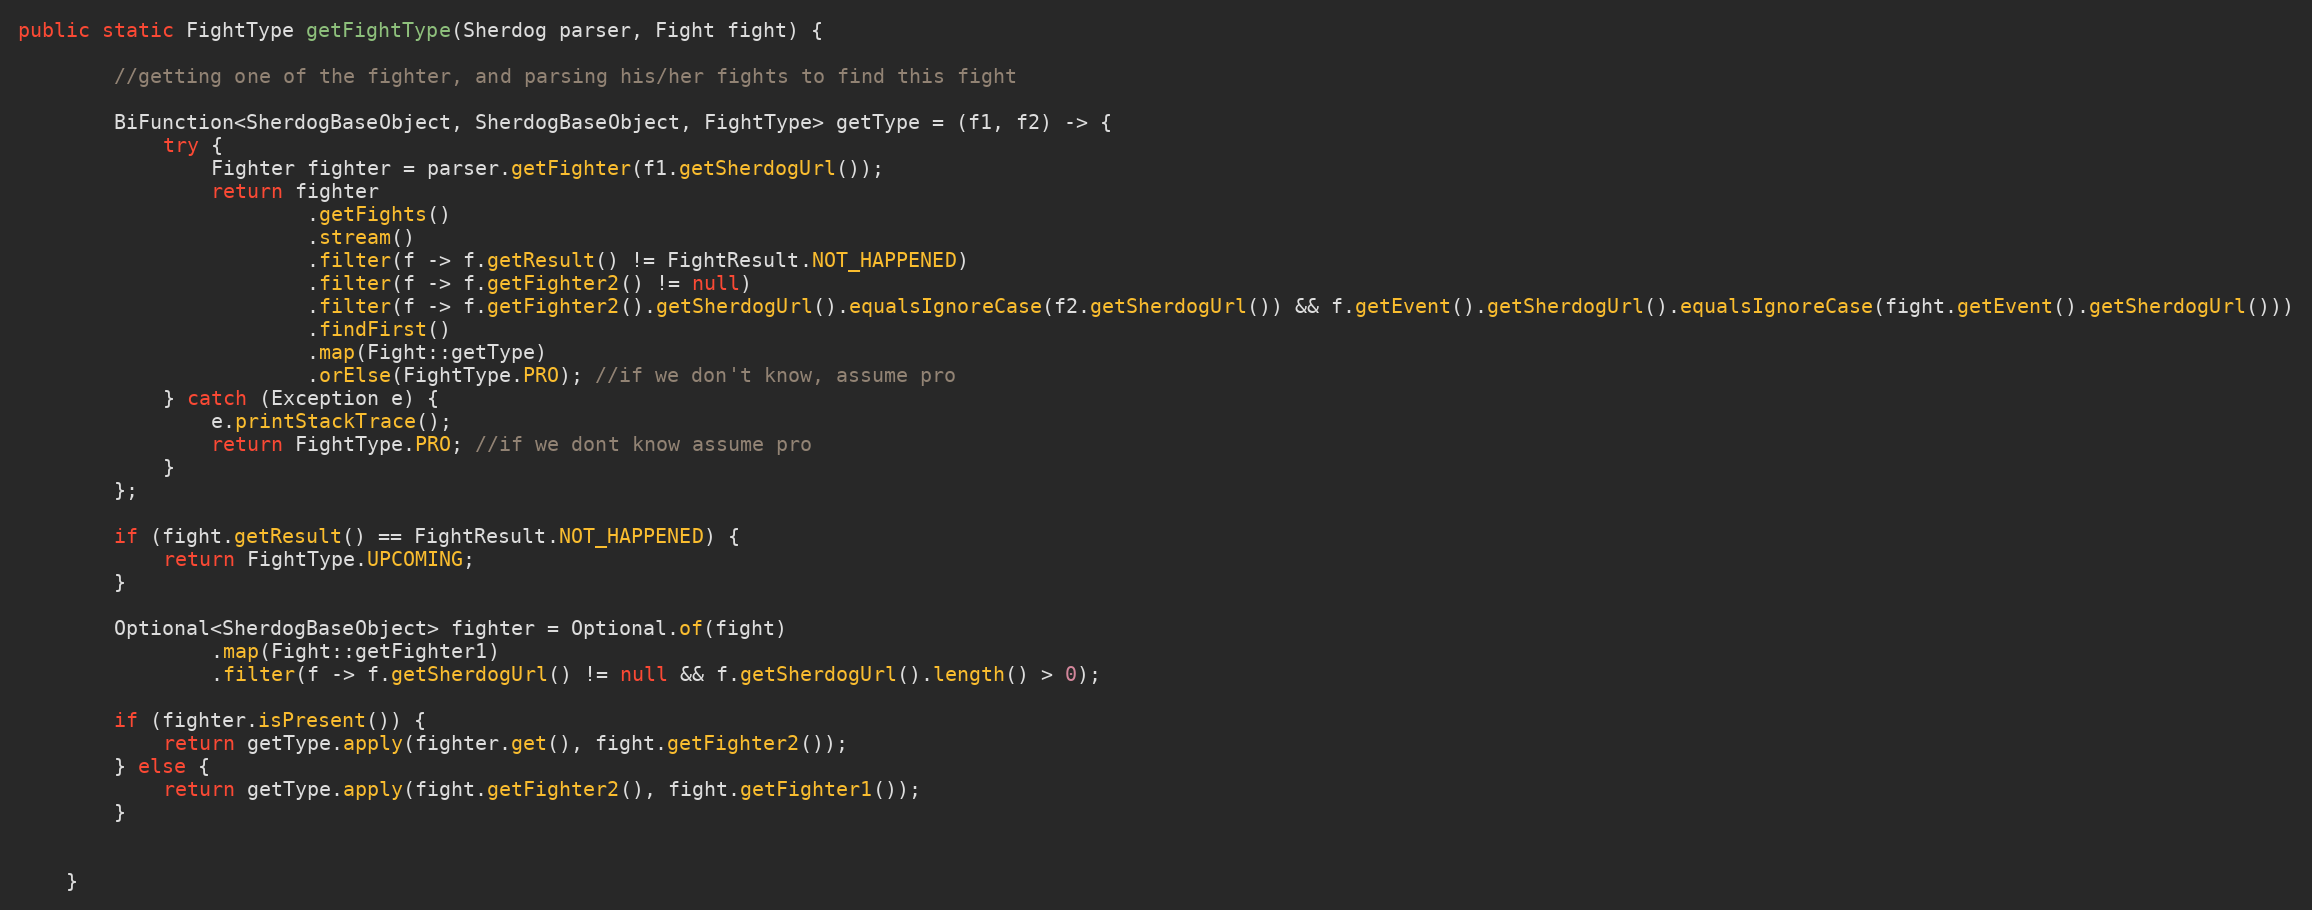
Language: Java
public static FightType getFightType(Sherdog parser, Fight fight) {

        //getting one of the fighter, and parsing his/her fights to find this fight

        BiFunction<SherdogBaseObject, SherdogBaseObject, FightType> getType = (f1, f2) -> {
            try {
                Fighter fighter = parser.getFighter(f1.getSherdogUrl());
                return fighter
                        .getFights()
                        .stream()
                        .filter(f -> f.getResult() != FightResult.NOT_HAPPENED)
                        .filter(f -> f.getFighter2() != null)
                        .filter(f -> f.getFighter2().getSherdogUrl().equalsIgnoreCase(f2.getSherdogUrl()) && f.getEvent().getSherdogUrl().equalsIgnoreCase(fight.getEvent().getSherdogUrl()))
                        .findFirst()
                        .map(Fight::getType)
                        .orElse(FightType.PRO); //if we don't know, assume pro
            } catch (Exception e) {
                e.printStackTrace();
                return FightType.PRO; //if we dont know assume pro
            }
        };

        if (fight.getResult() == FightResult.NOT_HAPPENED) {
            return FightType.UPCOMING;
        }

        Optional<SherdogBaseObject> fighter = Optional.of(fight)
                .map(Fight::getFighter1)
                .filter(f -> f.getSherdogUrl() != null && f.getSherdogUrl().length() > 0);

        if (fighter.isPresent()) {
            return getType.apply(fighter.get(), fight.getFighter2());
        } else {
            return getType.apply(fight.getFighter2(), fight.getFighter1());
        }

    }